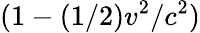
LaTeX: (1-(1/2)v^{2}/c^{2})